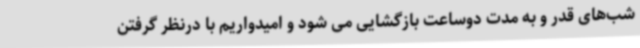
شب‌های قدر و به مدت دوساعت بازگشایی می شود و امیدواریم با درنظر گرفتن